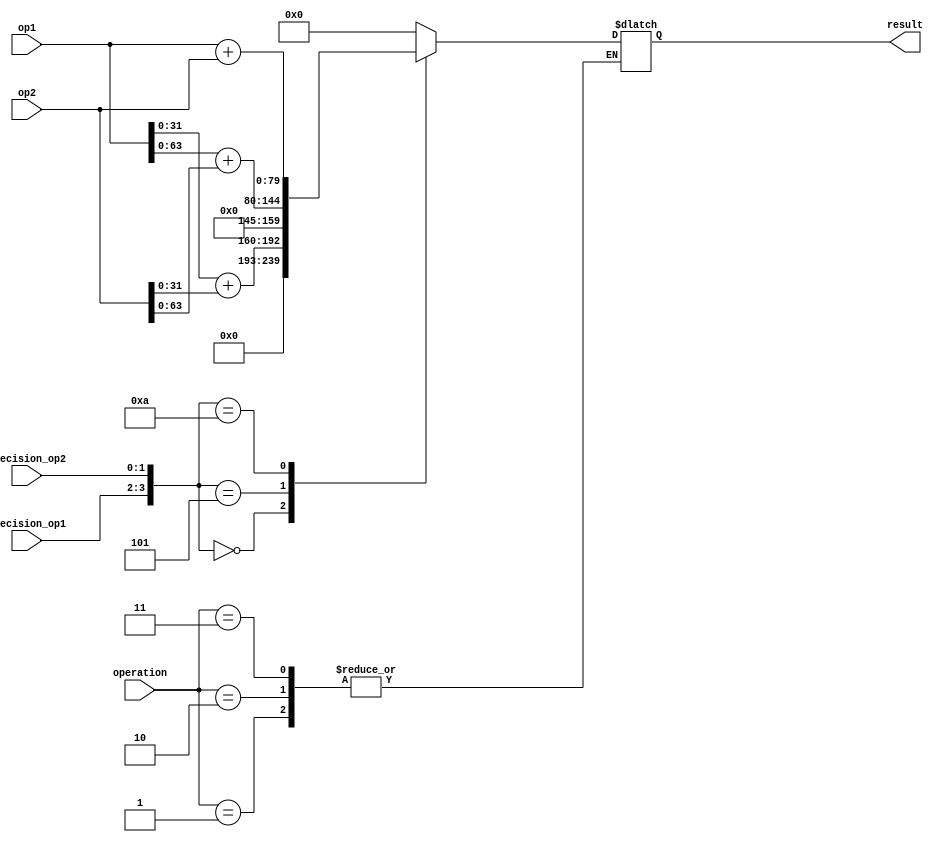
module mixed_precision_fpu (
    input [79:0] op1,
    input [79:0] op2,
    input [1:0] precision_op1,
    input [1:0] precision_op2,
    input [1:0] operation,
    output reg [79:0] result
);

// Define precision constants
parameter SINGLE_PRECISION = 2'b00;
parameter DOUBLE_PRECISION = 2'b01;
parameter EXTENDED_PRECISION = 2'b10;

// Define operation constants
parameter ADDITION = 2'b00;
parameter SUBTRACTION = 2'b01;
parameter MULTIPLICATION = 2'b10;
parameter DIVISION = 2'b11;

// Control logic
always @(*) begin
    case(operation)
        ADDITION: begin
            case({precision_op1, precision_op2})
                {SINGLE_PRECISION, SINGLE_PRECISION}: result = op1[31:0] + op2[31:0];
                {DOUBLE_PRECISION, DOUBLE_PRECISION}: result = op1[63:0] + op2[63:0];
                {EXTENDED_PRECISION, EXTENDED_PRECISION}: result = op1 + op2;
                default: result = 0; // Handle other cases
            endcase
        end
        SUBTRACTION: begin
            // Similar logic for subtraction
        end
        MULTIPLICATION: begin
            // Similar logic for multiplication
        end
        DIVISION: begin
            // Similar logic for division
        end
        default: begin
            result = 0; // Handle other operations
        end
    endcase
end

endmodule